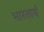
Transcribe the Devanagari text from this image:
भारतार्य